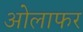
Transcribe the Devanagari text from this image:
ओलाफर